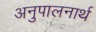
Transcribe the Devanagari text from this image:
अनुपालनार्थ